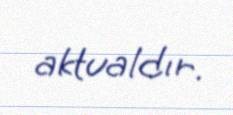
aktualdır.